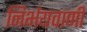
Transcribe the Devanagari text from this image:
निर्भयवाणी